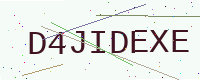
Text: D4JIDEXE